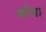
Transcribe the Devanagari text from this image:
बीचा